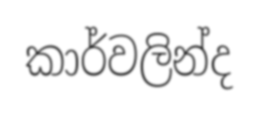
කාර්වලින්ද